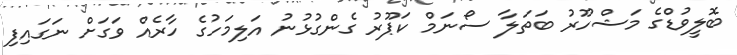
ބޮލީވުޑްގެ މަޝްހޫރު ބަތަލާ ސޯނަމް ކަޕޫރު ގެންގުޅުނު އަލިމަހުގެ ހާރެއް ވަގަށް ނަގައިފި